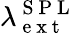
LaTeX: \lambda_{\mathrm{~e~x~t~}}^{\mathrm{~S~P~L~}}